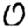
Digit: 0